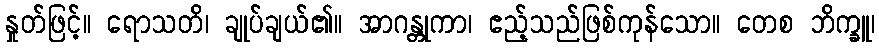
နှုတ်ဖြင့်။ ရောသတိ၊ ချုပ်ချယ်၏။ အာဂန္တုကာ၊ ဧည့်သည်ဖြစ်ကုန်သော။ တေစ ဘိက္ခူ၊